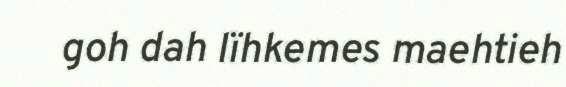
goh dah lïhkemes maehtieh